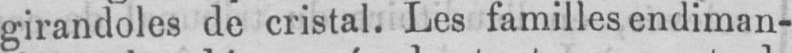
girandoles de cristal. Les familles endiman-